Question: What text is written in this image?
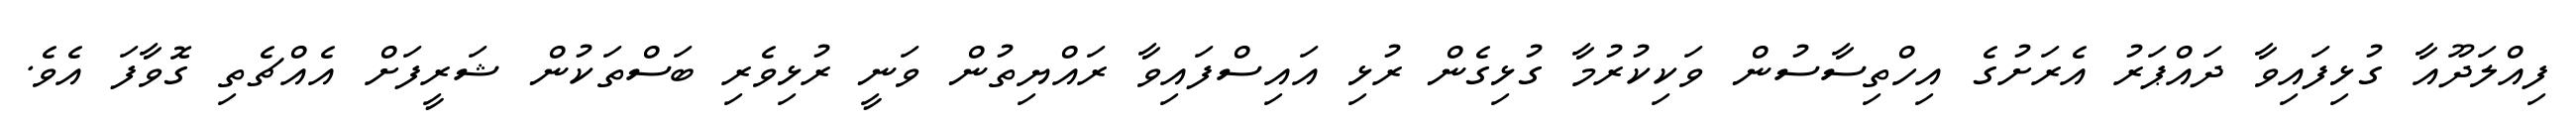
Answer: ފިއްލަދޫއާ ގުޅިފައިވާ ދައްޕަރު އެރަށުގެ އިހްތިސާސުން ވަކިކުރުމާ ގުޅިގެން ރުޅި އައިސްފައިވާ ރައްޔިތުން ވަނީ ރުޅިވެރި ބަސްތަކުން ޝަރީފަށް އެއްޗެތި ގޮވާފަ އެވެ.